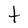
Character: t